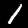
Digit: 1